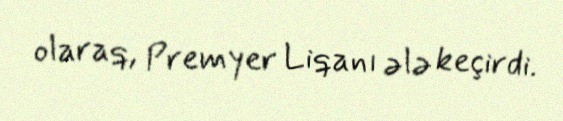
olaraq, Premyer Liqanı ələ keçirdi.